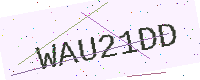
Text: WAU21DD